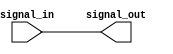
module non_inverting_buffer(
    input wire signal_in,
    output reg signal_out
);

// Non-inverting buffer logic
always @ (signal_in)
begin
    signal_out = signal_in;
end

endmodule